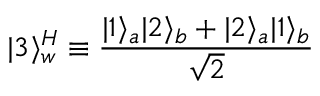
| 3 \rangle _ { w } ^ { H } \equiv { \frac { | 1 \rangle _ { a } | 2 \rangle _ { b } + | 2 \rangle _ { a } | 1 \rangle _ { b } } { \sqrt { 2 } } }